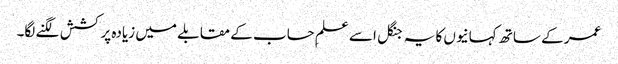
عمر کے ساتھ کہانیوں کا یہ جنگل اسے علمِ حساب کے مقابلے میں زیادہ پرکشش لگنے لگا۔